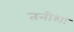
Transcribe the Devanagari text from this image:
तनीशा